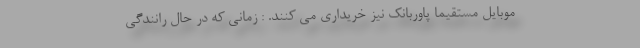
موبایل مستقیما پاوربانک نیز خریداری می کنند. : زمانی که در حال رانندگی